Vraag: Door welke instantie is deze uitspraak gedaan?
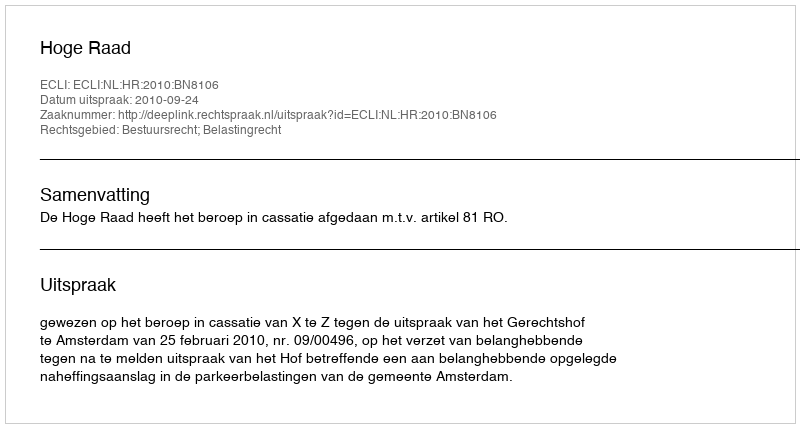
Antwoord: Hoge Raad